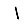
Digit: 1